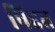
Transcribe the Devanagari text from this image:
षिद्दत